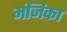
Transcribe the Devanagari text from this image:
मंजिका